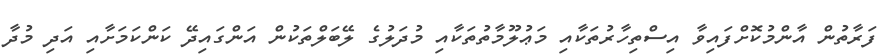
ފަރާތުން އާންމުކޮށްފައިވާ އިސްތިހާރުތަކާއި މަޢުލޫމާތުތަކާއި މުދަލުގެ ލޭބަލްތަކުން އަންގައިދޭ ކަންކަމަށާއި އަދި މުދާ